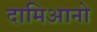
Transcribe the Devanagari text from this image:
दामिआनो